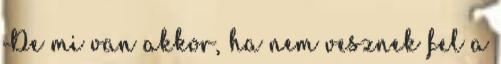
De mi van akkor, ha nem vesznek fel a